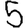
Digit: 5